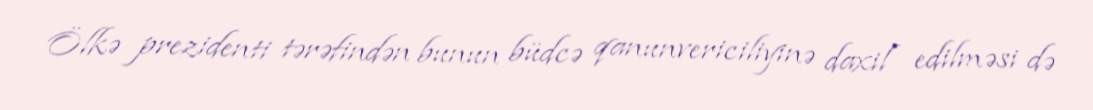
Ölkə prezidenti tərəfindən bunun büdcə qanunvericiliyinə daxil edilməsi də